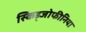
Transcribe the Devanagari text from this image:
स्किड्जोफीनिया